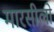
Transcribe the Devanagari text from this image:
मारसीलो